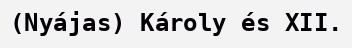
(Nyájas) Károly és XII.